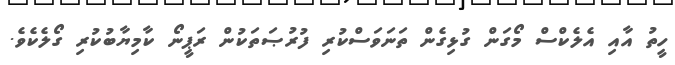
ހީތު އާއި އެލެކްސް މޯގަން ގުޅިގެން ތަނަވަސްކުރި ފުރުޞަތަކުން ރަޕީނޯ ކާމިޔާބުކުރި ގޯލެކެވެ.